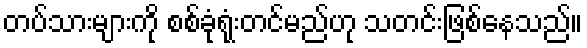
တပ်သားများကို စစ်ခုံရုံးတင်မည်ဟု သတင်းဖြစ်နေသည်။